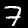
Digit: 7